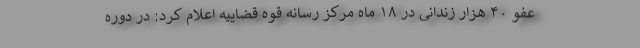
عفو ۴۰ هزار زندانی در ۱۸ ماه مرکز رسانه قوه قضاییه اعلام کرد: در دوره